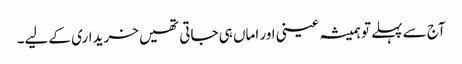
آج سے پہلے تو ہمیشہ عینی اور اماں ہی جاتی تھیں خریداری کے لیے۔